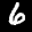
Label: 6